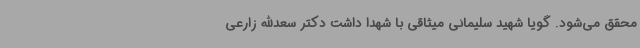
محقق می‌شود. گویا شهید سلیمانی میثاقی با شهدا داشت دکتر سعدالله زارعی